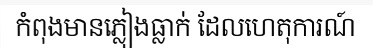
កំពុងមានភ្លៀងធ្លាក់ ដែលហេតុការណ៍